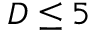
D \leq 5